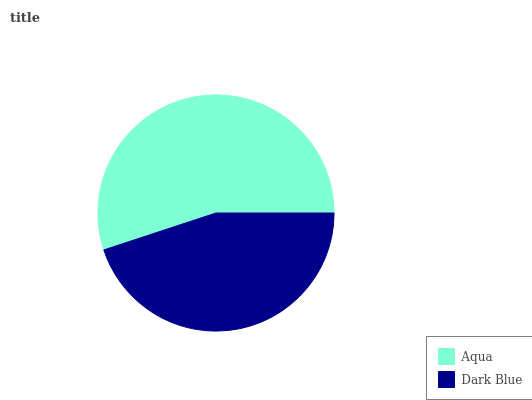
| Aqua | Dark Blue |
 | --- | --- |
 | 55.1% | 44.9% |